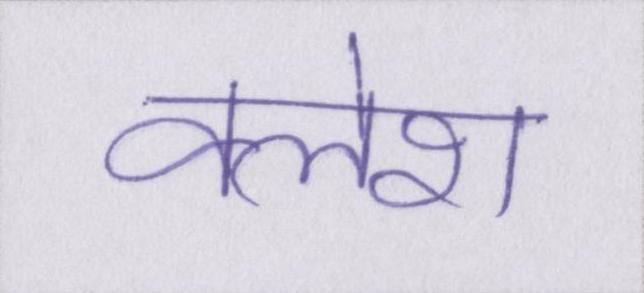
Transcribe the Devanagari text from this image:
क्लेश